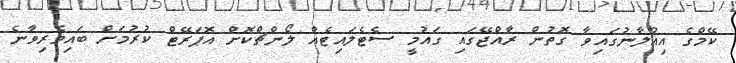
ކޭމްގެ އިއުލާނުގައިވާ ގޮތުން ރާއްޖޭގައި ގައުމީ ސެޓެލައިޓެއް ލޯންޗްކޮށް އޮޕަރޭޓް ކުރުމަށް ބައިވެރިވާނެ